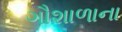
ગૌશાળાના